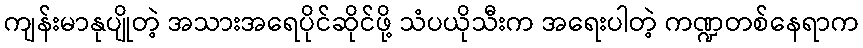
ကျန်းမာနုပျိုတဲ့ အသားအရေပိုင်ဆိုင်ဖို့ သံပယိုသီးက အရေးပါတဲ့ ကဏ္ဍတစ်နေရာက